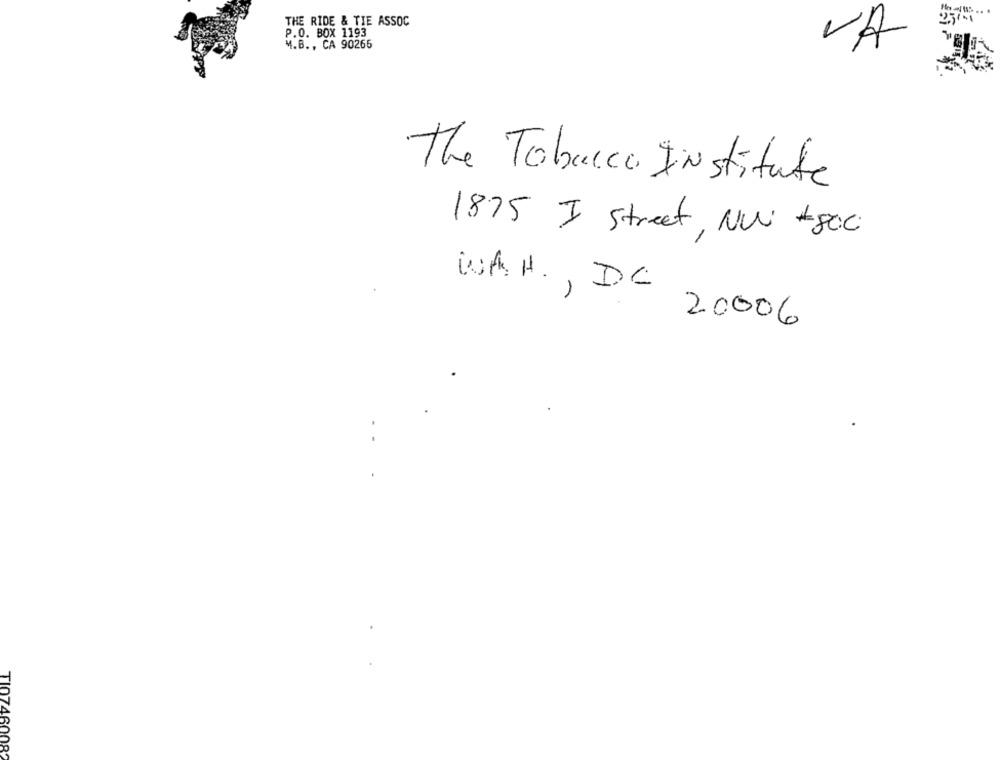
THE RIDE & TIE ASSOC
P.O. BOX 1193
M.B. , CA 90265
VA
The Tobacco Institute
1875 J Street, NW #800
WAH, DC
20006
TI07460082